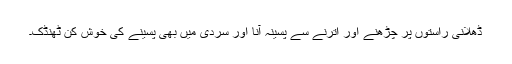
ڈھلانی راستوں پر چڑھنے اور اترنے سے پسینہ آنا اور سردی میں بھی پسینے کی خوش کن ٹھنڈک۔